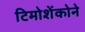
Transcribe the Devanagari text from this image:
टिमोशेंकोने